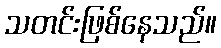
သတင်းဖြစ်နေသည်။